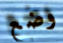
وضع